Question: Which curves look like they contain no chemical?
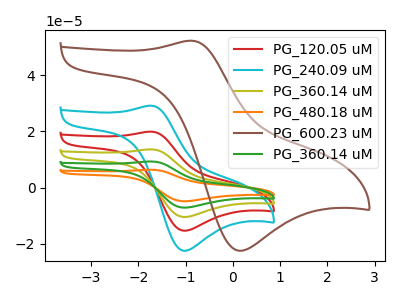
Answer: <think>The red curve "PG_120.05 uM" has an anodic peak at (-1.75V, 19.90uA) and a cathodic peak at (-1.05V, -15.35uA). The cyan curve "PG_240.09 uM" has an anodic peak at (-1.75V, 29.10uA) and a cathodic peak at (-1.05V, -22.50uA). The olive curve "PG_360.14 uM" has an anodic peak at (-1.75V, 39.75uA) and a cathodic peak at (-1.05V, -30.70uA). The orange curve "PG_480.18 uM" has an anodic peak at (-1.75V, 79.55uA) and a cathodic peak at (-1.05V, -61.40uA). The brown curve "PG_600.23 uM" has an anodic peak at (-0.90V, 52.25uA) and a cathodic peak at (0.10V, -22.45uA). The green curve "PG_360.14 uM" has an anodic peak at (-1.75V, 59.65uA) and a cathodic peak at (-1.05V, -46.05uA).</think>
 <answer>There are not any CV's on this graph that are likely to be blanks.</answer>
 <eval>none</eval>